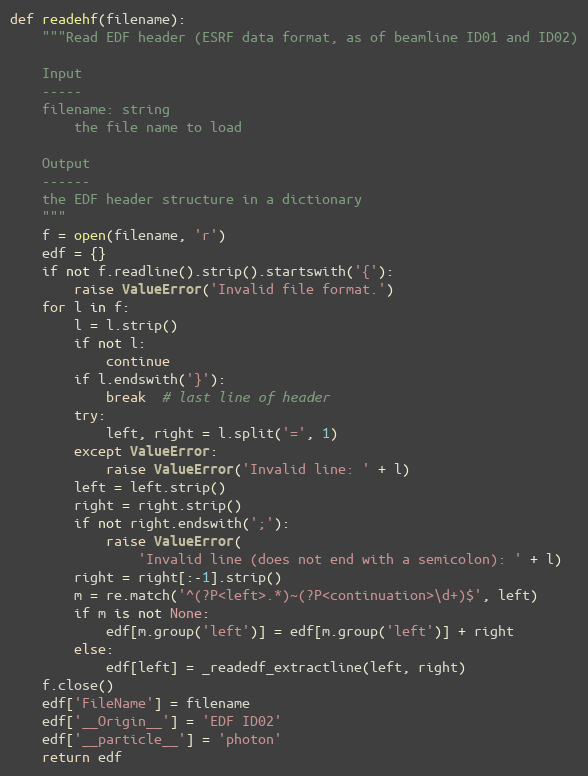
Language: Python
def readehf(filename):
    """Read EDF header (ESRF data format, as of beamline ID01 and ID02)

    Input
    -----
    filename: string
        the file name to load

    Output
    ------
    the EDF header structure in a dictionary
    """
    f = open(filename, 'r')
    edf = {}
    if not f.readline().strip().startswith('{'):
        raise ValueError('Invalid file format.')
    for l in f:
        l = l.strip()
        if not l:
            continue
        if l.endswith('}'):
            break  # last line of header
        try:
            left, right = l.split('=', 1)
        except ValueError:
            raise ValueError('Invalid line: ' + l)
        left = left.strip()
        right = right.strip()
        if not right.endswith(';'):
            raise ValueError(
                'Invalid line (does not end with a semicolon): ' + l)
        right = right[:-1].strip()
        m = re.match('^(?P<left>.*)~(?P<continuation>\d+)$', left)
        if m is not None:
            edf[m.group('left')] = edf[m.group('left')] + right
        else:
            edf[left] = _readedf_extractline(left, right)
    f.close()
    edf['FileName'] = filename
    edf['__Origin__'] = 'EDF ID02'
    edf['__particle__'] = 'photon'
    return edf